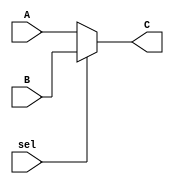
module Mux(
	input [31:0]A,
	input [31:0]B,
	input sel,
	output [31:0] C);
	
	assign C = (~sel) ? A : B;
	
endmodule